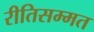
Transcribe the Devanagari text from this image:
रीतिसम्मत